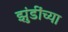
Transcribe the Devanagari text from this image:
झुंडींच्या